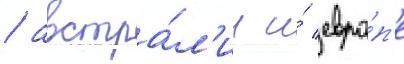
/ австра́л'ии и́ евро́п'е